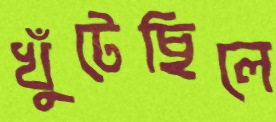
খুঁটেছিলে